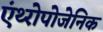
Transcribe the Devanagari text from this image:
एंथ्‍रोपोजेनिक